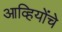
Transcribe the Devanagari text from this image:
आव्हियोंचे